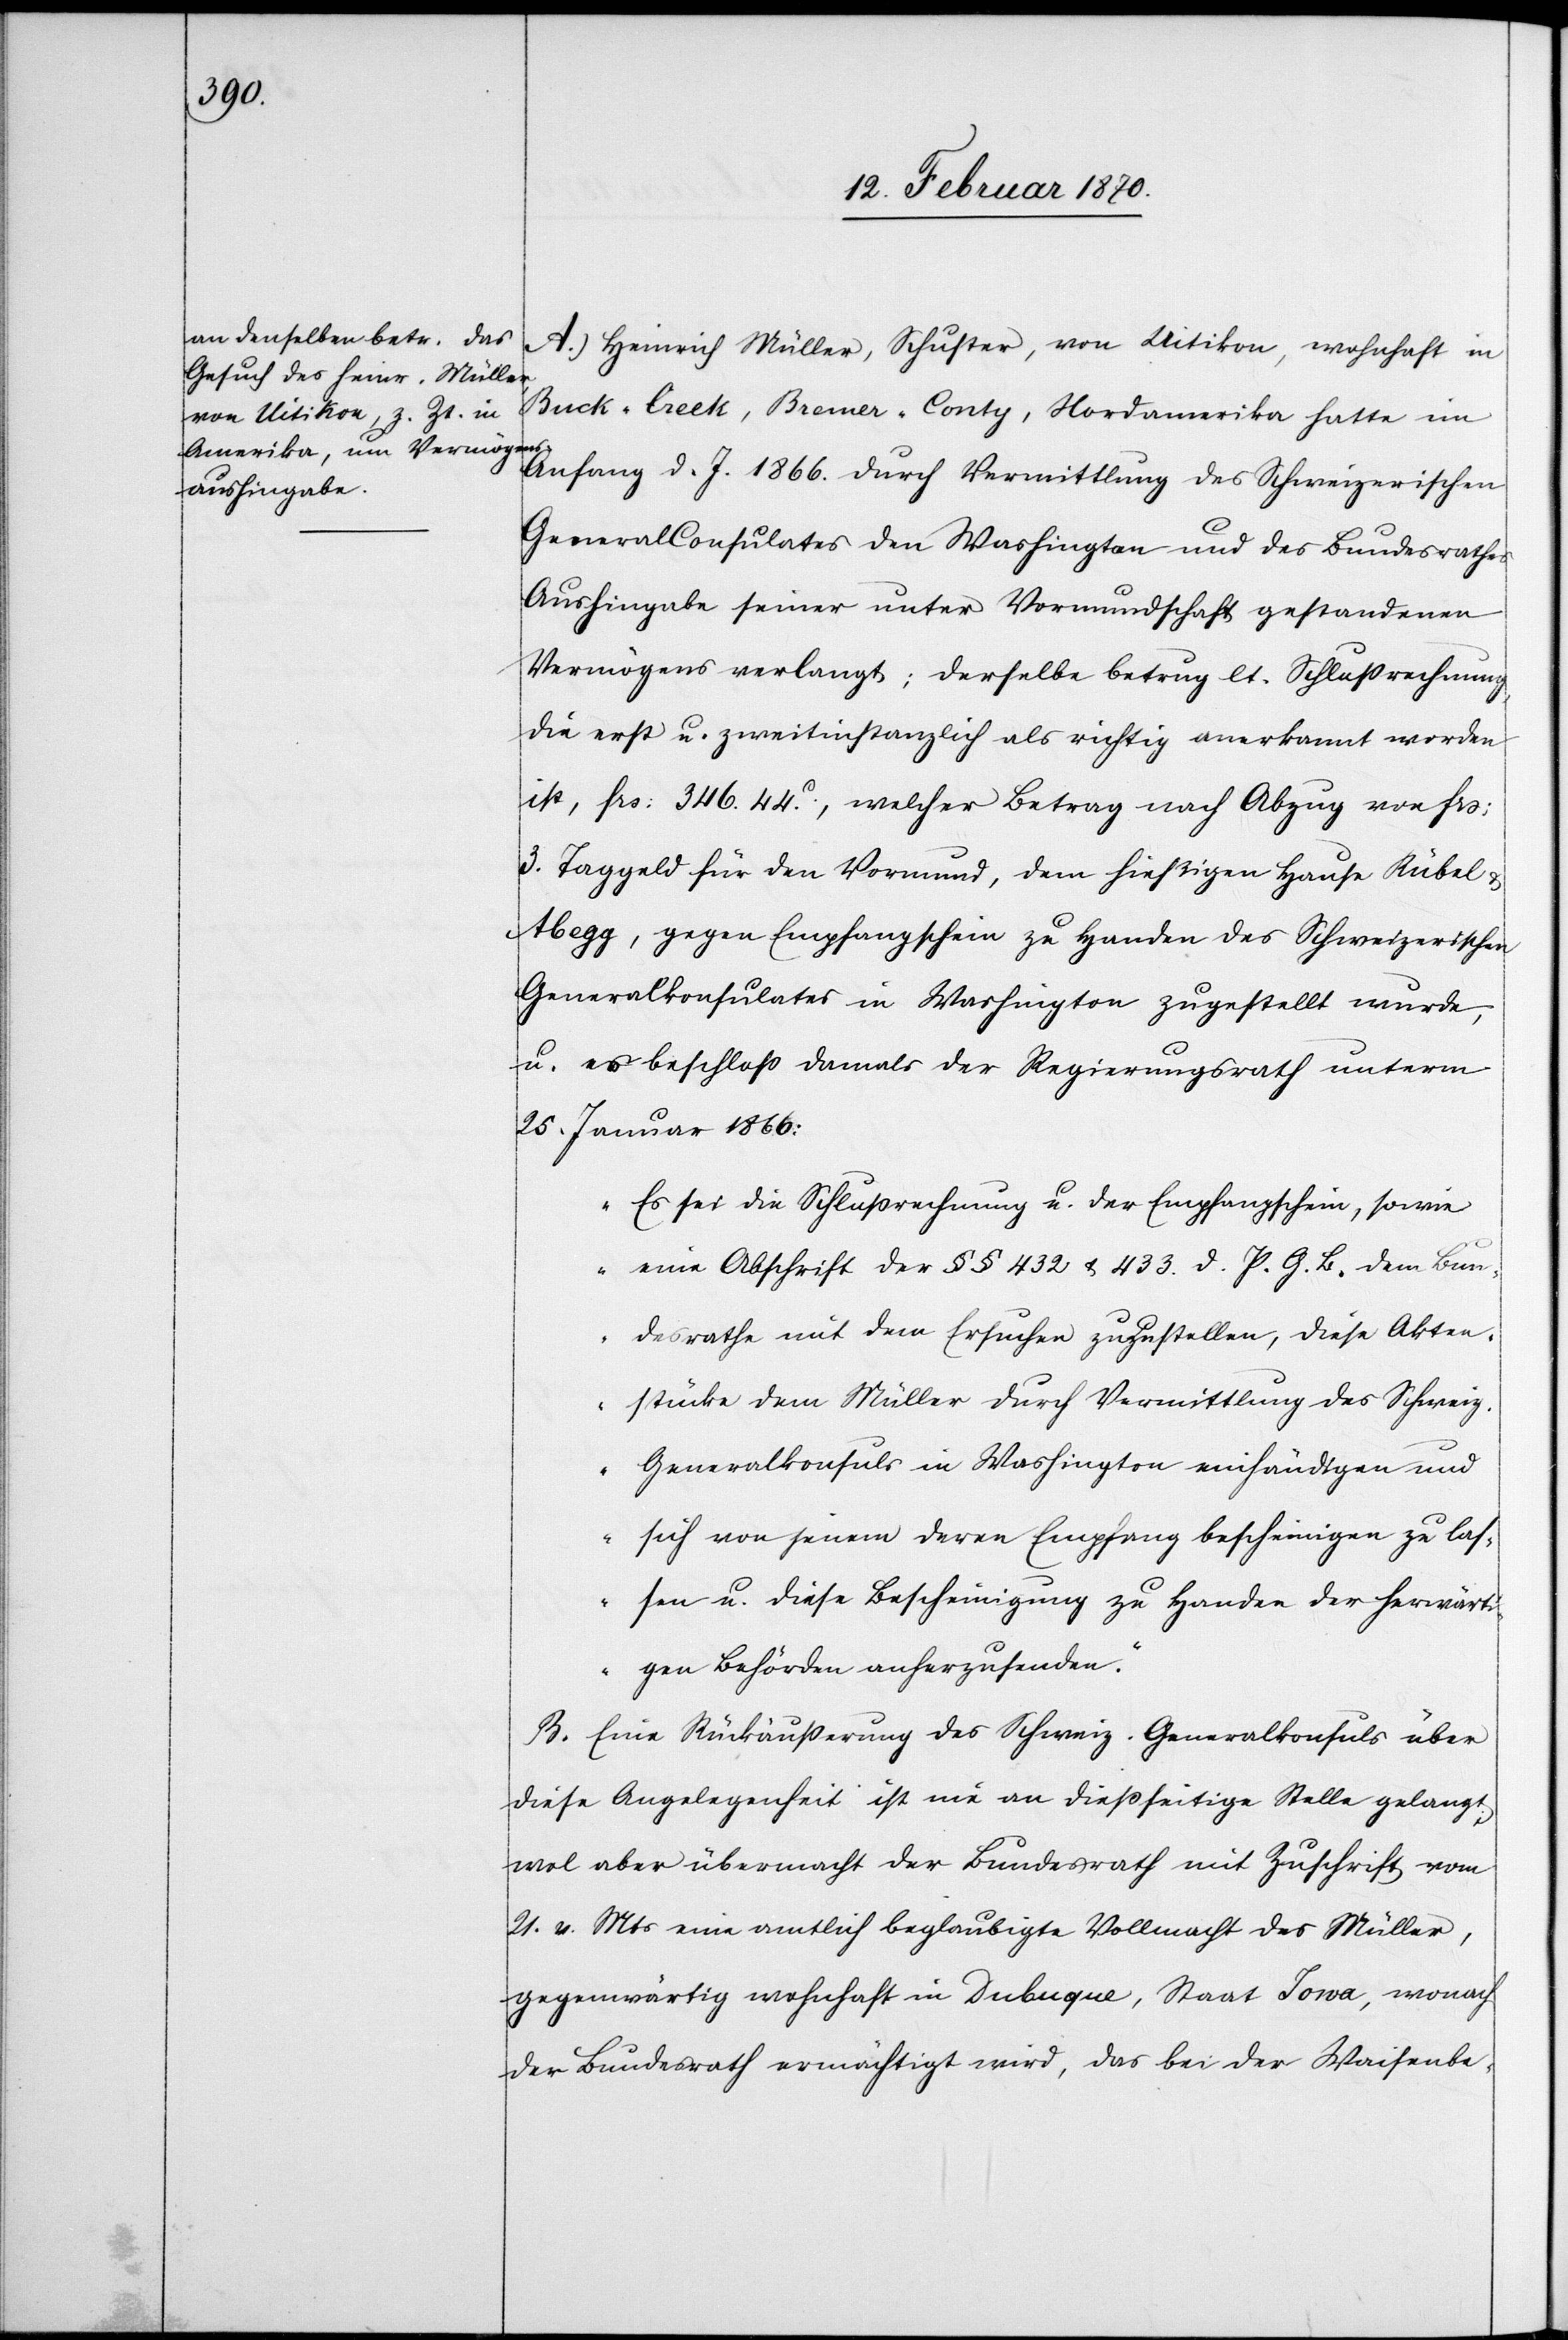
A.) Heinrich Müller, Schuster, von Uitikon, wohnhaft in
Buck-Creek, Bremer-Conty, Nordamerika hatte im
Anfang d. J. 1866. durch Vermittlung des Schweizerischen
General[ ]Consulates den [sic!] Washington und des Bundesrathes
Aushingabe seiner [sic!] unter Vormundschaft gestandenen
Vermögens verlangt; derselbe betrug lt. Schlussrechnung,
die erst[-] u. zweitinstanzlich als richtig anerkannt worden
ist, frs: 346. 44.c, welcher Betrag nach Abzug von frs:
3. Taggeld für den Vormund, dem hießigen Hause Rübel
Abegg, gegen Empfangschein zu Handen des Schweizerischen
Generalkonsulates in Washington zugestellt wurde,
u. es beschloss damals der Regierungsrath unterm
25. Januar 1866:
„Es sei die Schlussrechnung u. der Empfangschein, sowie
eine Abschrift der §§ 432 & 433. d. P. G. B. dem Bun¬
desrathe mit dem Ersuchen zuzustellen, diese Akten¬
stücke dem Müller durch Vermittlung des Schweiz.
Generalkonsuls in Washington einhändigen und
sich von jenem deren Empfang bescheinigen zu las¬
sen u. diese Bescheinigung zu Handen der herwärti¬
gen Behörden anherzusenden.“
B. Eine Rückäusserung des Schweiz. Generalkonsuls über
diese Angelegenheit ist nie an dießseitige Stelle gelangt;
wol aber übermacht der Bundesrath mit Zuschrift vom
21. v. Mts eine amtlich beglaubigte Vollmacht des Müller,
gegenwärtig wohnhaft in Dubuque, Staat Iowa, wonach
der Bundesrath ermächtigt wird, das bei der Waisenbe-